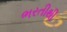
ભરતીથી